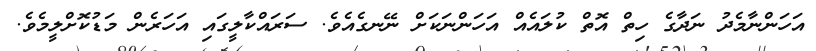
އަހަންނާމެދު ނަދާގެ ހިތް އޮތް ކުލައެއް އަހަންނަކަށް ނޭނގެއެވެ. ސަރައްކާލީގައި އަހަރެން މަޑުކޮށްލީމެވެ.